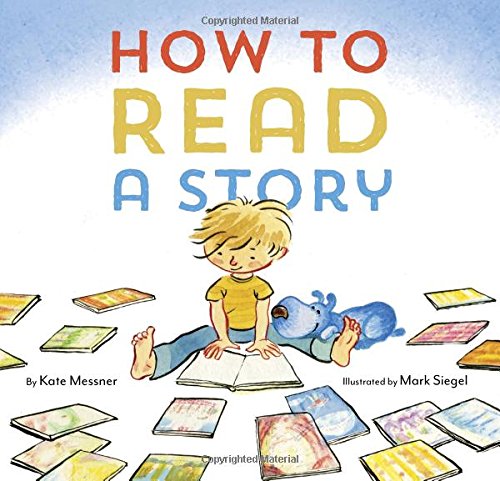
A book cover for How to Read a Story; Kate Messner; Children's Books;